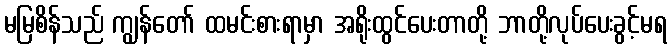
မမြစိန်သည် ကျွန်တော် ထမင်းစားရာမှာ အရိုးထွင်ပေးတာတို့ ဘာတို့လုပ်ပေးခွင့်မရ